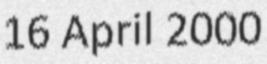
16 April 2000